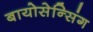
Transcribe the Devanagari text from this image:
बायोसेन्सिंग